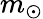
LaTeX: m_{\odot}